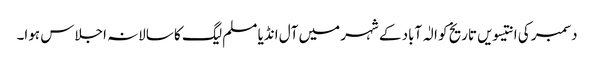
دسمبر کی انتیسویں تاریخ کو الٰہ آباد کے شہر میں آل انڈیا مسلم لیگ کا سالانہ اجلاس ہوا۔